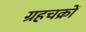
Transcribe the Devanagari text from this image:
ग्रहचक्रों